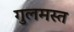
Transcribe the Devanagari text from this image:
गुलमस्त